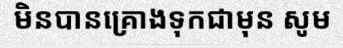
មិនបានគ្រោងទុកជាមុន សូម